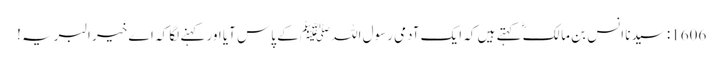
1606: سیدنا انس بن مالکؓ کہتے ہیں کہ ایک آدمی رسول اللہﷺ کے پاس آیا اور کہنے لگا کہ اے خیر البریہ !